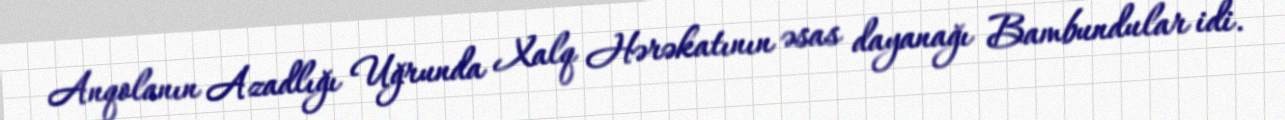
Anqolanın Azadlığı Uğrunda Xalq Hərəkatının əsas dayanağı Bambundular idi.